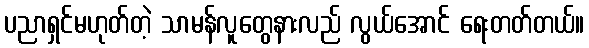
ပညာရှင်မဟုတ်တဲ့ သာမန်လူတွေနားလည် လွယ်အောင် ရေးတတ်တယ်။